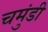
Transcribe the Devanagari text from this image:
चमुंडी